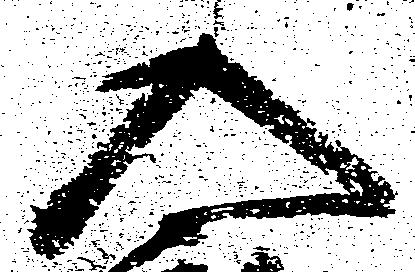
入